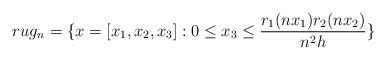
LaTeX: \begin{align*}rug_n= \{ x=[x_1,x_2,x_3]: 0 \leq x_3 \leq \frac{r_1 (n x_1) r_2 (n x_2)}{ n^2 h} \}\end{align*}